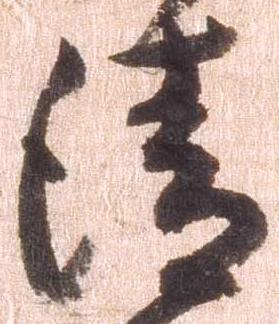
請